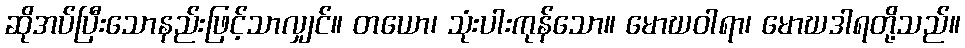
ဆိုအပ်ပြီးသောနည်းဖြင့်သာလျှင်။ တယော၊ သုံးပါးကုန်သော။ မောဃဝါရာ၊ မောဃဒါရတို့သည်။